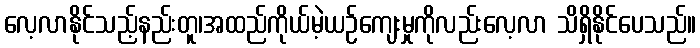
လေ့လာနိုင်သည့်နည်းတူ၊အထည်ကိုယ်မဲ့ယဉ်ကျေးမှုကိုလည်းလေ့လာ သိရှိနိုင်ပေသည်။